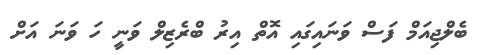
ބެލްޖިއަމް ފަސް ވަނައިގައި އޮތް އިރު ބްރެޒިލް ވަނީ ހަ ވަނަ އަށް